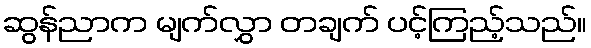
ဆွန်ညာက မျက်လွှာ တချက် ပင့်ကြည့်သည်။